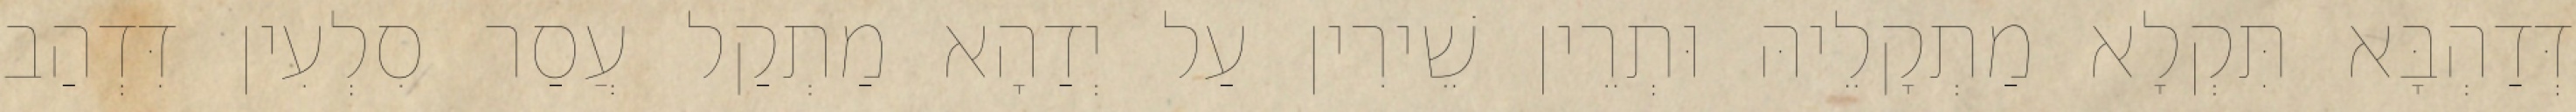
דְּדַהְבָּא תִּקְלָא מַתְקָלֵיהּ וּתְרֵין שֵׁירִין עַל יְדַהָא מַתְקַל עֲסַר סִלְעִין דִּדְהַב